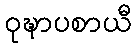
ဝုဍ္ဎာပစာယီ